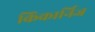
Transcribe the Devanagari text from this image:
किंकार्निज